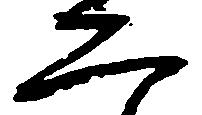
二